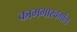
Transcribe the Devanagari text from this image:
कामगारवर्गात